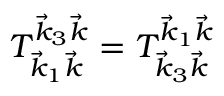
T _ { \vec { k } _ { 1 } \vec { k } } ^ { \vec { k } _ { 3 } \vec { k } } = T _ { \vec { k } _ { 3 } \vec { k } } ^ { \vec { k } _ { 1 } \vec { k } }